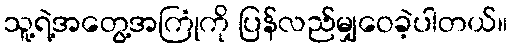
သူ့ရဲ့အတွေ့အကြုံကို ပြန်လည်မျှဝေခဲ့ပါတယ်။